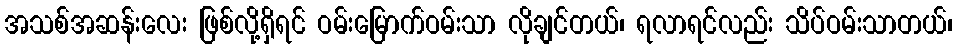
အသစ်အဆန်းလေး ဖြစ်လို့ရှိရင် ဝမ်းမြောက်ဝမ်းသာ လိုချင်တယ်၊ ရလာရင်လည်း သိပ်ဝမ်းသာတယ်၊